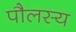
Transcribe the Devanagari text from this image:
पौलस्य